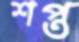
শপ্ত